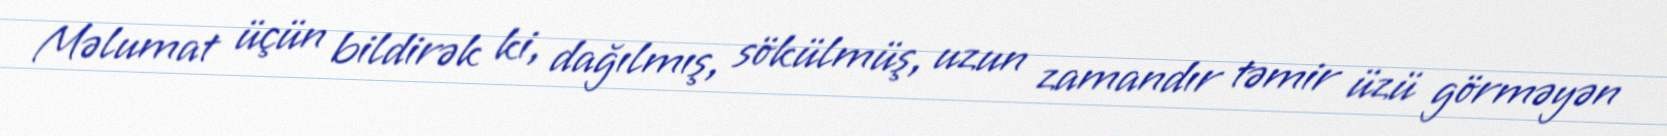
Məlumat üçün bildirək ki, dağılmış, sökülmüş, uzun zamandır təmir üzü görməyən